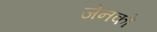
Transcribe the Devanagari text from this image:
जेनको